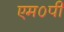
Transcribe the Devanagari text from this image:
एम०पी